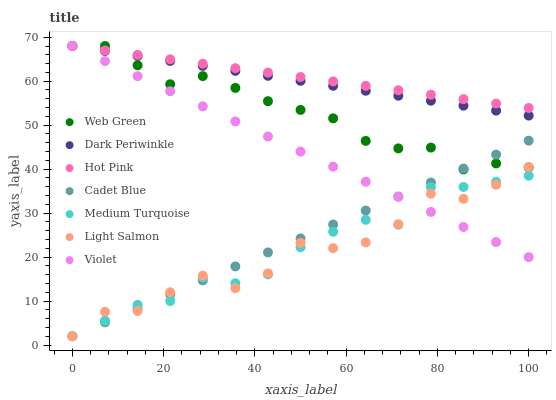
| xaxis_label | Web Green | Dark Periwinkle | Hot Pink | Cadet Blue | Medium Turquoise | Light Salmon | Violet |
 | --- | --- | --- | --- | --- | --- | --- | --- |
 | 0 | 68 | 68 | 68 | 2 | 2 | 2 | 68 |
 | 7.14 | 68 | 66.9 | 67 | 5.18 | 5.53 | 7.56 | 64.6 |
 | 14.3 | 63.6 | 65.7 | 66 | 8.35 | 9.13 | 7.75 | 61.1 |
 | 21.4 | 59.3 | 64.6 | 65 | 11.5 | 10 | 12 | 57.7 |
 | 28.6 | 61.2 | 63.5 | 64 | 14.7 | 15.4 | 15.8 | 54.3 |
 | 35.7 | 58.5 | 62.3 | 63 | 17.9 | 14.1 | 12.9 | 50.9 |
 | 42.9 | 55.5 | 61.2 | 62 | 21.1 | 16.1 | 16.3 | 47.4 |
 | 50 | 53.5 | 60.1 | 61 | 24.2 | 22.2 | 23.2 | 44 |
 | 57.1 | 51.6 | 59 | 60 | 27.4 | 25.8 | 22 | 40.6 |
 | 64.3 | 46.4 | 57.8 | 58.9 | 30.6 | 28.5 | 23.3 | 37.1 |
 | 71.4 | 44.7 | 56.7 | 57.9 | 33.8 | 27.4 | 27.5 | 33.7 |
 | 78.6 | 44.9 | 55.6 | 56.9 | 36.9 | 35.9 | 34.4 | 30.3 |
 | 85.7 | 39.9 | 54.4 | 55.9 | 40.1 | 36 | 33.2 | 26.8 |
 | 92.9 | 41.3 | 53.3 | 54.9 | 43.3 | 37.1 | 36.4 | 23.4 |
 | 100 | 40.4 | 52.2 | 53.9 | 46.5 | 38.5 | 40.5 | 20 |